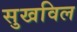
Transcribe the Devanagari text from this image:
सुखविल